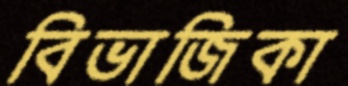
বিভাজিকা